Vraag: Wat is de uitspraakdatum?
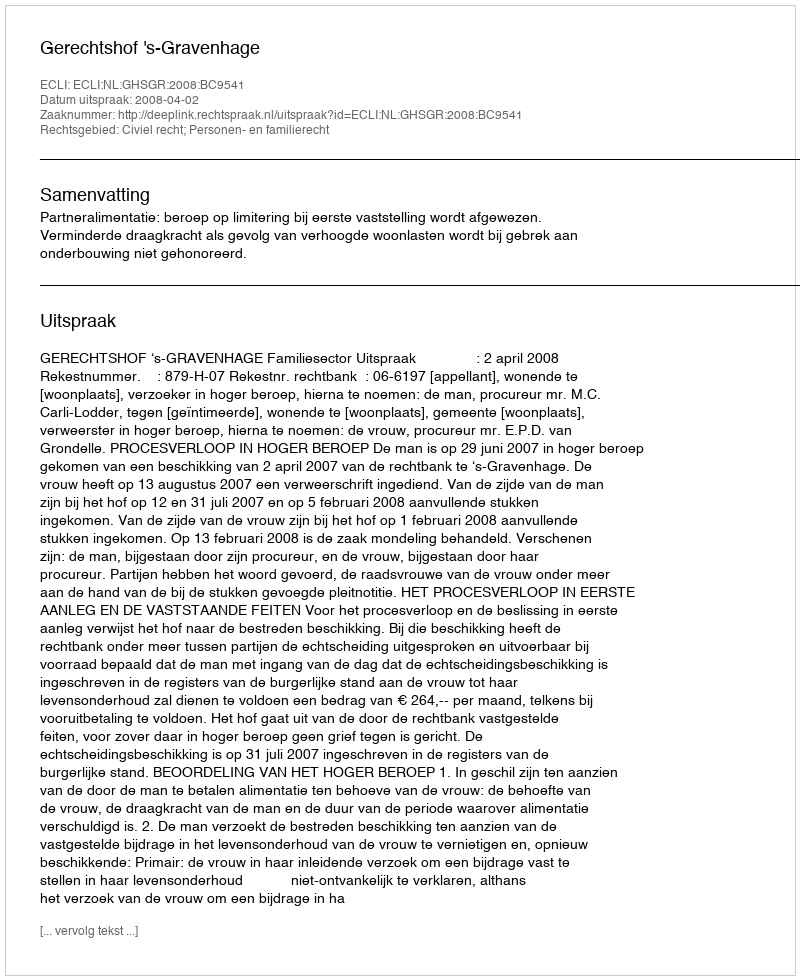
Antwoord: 2008-04-02